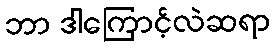
ဘာ ဒါကြောင့်လဲဆရာ